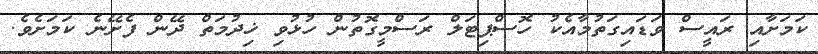
ކަމަށާއި ރައީސް ވަޑައިގަތުމާއެކު ހޮސްޕިޓަލް ރަސްމީގޮތުން ހުޅުވި ޚިދުމަތް ދޭން ފެށޭނެ ކަމަށެވެ.